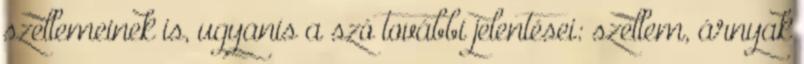
szellemeinek is, ugyanis a szó további jelentései: szellem, árnyak